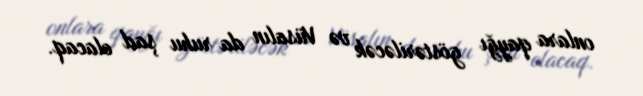
onlara qayğı göstəriləcək və Vüsalın da ruhu şad olacaq.